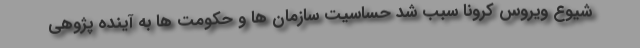
شیوع ویروس کرونا سبب شد حساسیت سازمان ها و حکومت ها به آینده پژوهی